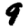
Digit: 9